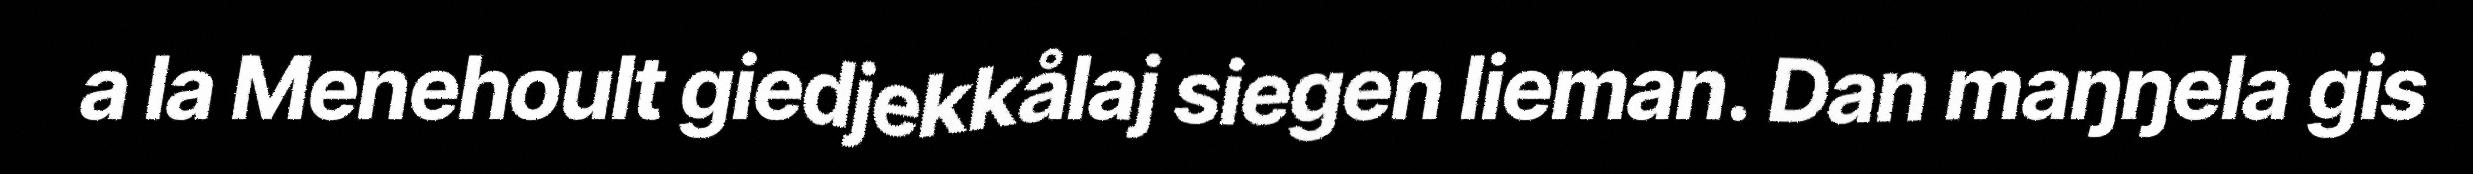
a la Menehoult giedjekkålaj siegen lieman. Dan maŋŋela gis